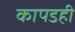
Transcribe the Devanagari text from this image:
कापडही